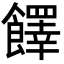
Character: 䭞